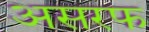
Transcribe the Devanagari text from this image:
असरफ